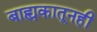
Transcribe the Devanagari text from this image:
बाह्यकातूनही